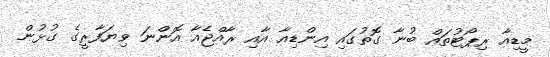
މީޑިއާ ރިޕޯޓުތައް ބުނާ ގޮތުގައި އިންޑިއާ އާއި ރާއްޖެއާ އޮންނަ ވިޔަފާރީގެ ގުޅުން